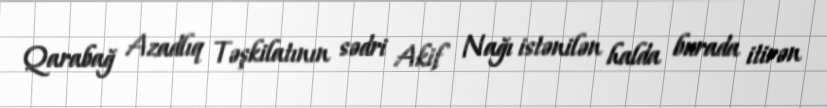
Qarabağ Azadlıq Təşkilatının sədri Akif Nağı istənilən halda burada itirən